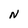
Character: N